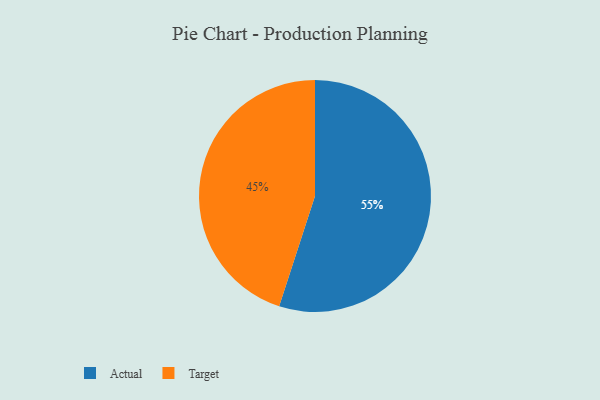
{"axis": {"x": "Category", "y": "Percentage"}, "legend": ["Actual", "Target"], "data": [{"x": "Target", "y": 45, "type": "Target"}, {"x": "Actual", "y": 55, "type": "Actual"}]}